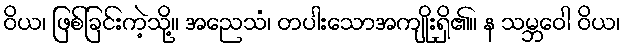
ဝိယ၊ ဖြစ်ခြင်းကဲ့သို့။ အညေသံ၊ တပါးသောအကျိုးရှိ၏။ န သမ္ဘဝေါ ဝိယ၊